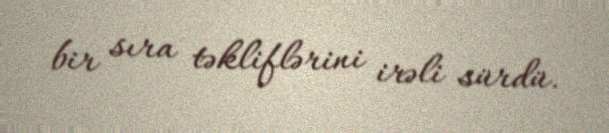
bir sıra təkliflərini irəli sürdü.